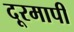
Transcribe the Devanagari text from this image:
दूरमापी